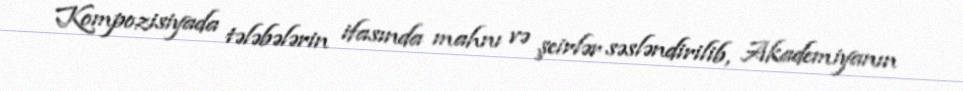
Kompozisiyada tələbələrin ifasında mahnı və şeirlər səsləndirilib, Akademiyanın